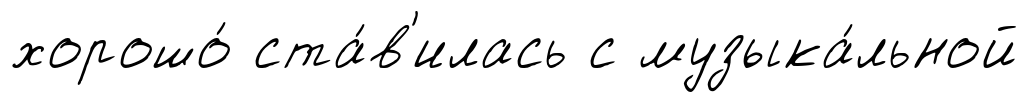
хорошо́ ста́в'илась с музыка́льной